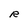
Character: R